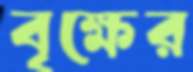
বৃক্ষের